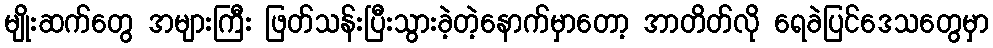
မျိုးဆက်တွေ အများကြီး ဖြတ်သန်းပြီးသွားခဲ့တဲ့နောက်မှာတော့ အာတိတ်လို ရေခဲပြင်ဒေသတွေမှာ